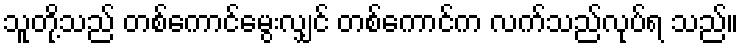
သူတို့သည် တစ်ကောင်မွေးလျှင် တစ်ကောင်က လက်သည်လုပ်ရ သည်။